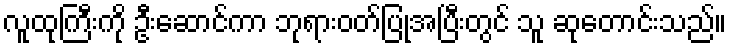
လူထုကြီးကို ဦးဆောင်ကာ ဘုရားဝတ်ပြုအပြီးတွင် သူ ဆုတောင်းသည်။